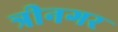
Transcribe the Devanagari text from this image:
त्रीनगर